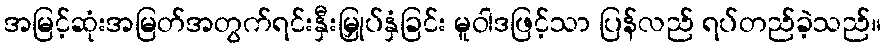
အမြင့်ဆုံးအမြတ်အတွက်ရင်းနှီးမြှုပ်နှံခြင်း မူဝါဒဖြင့်သာ ပြန်လည် ရပ်တည်ခဲ့သည်။